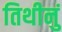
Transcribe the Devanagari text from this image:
तिथीनुं